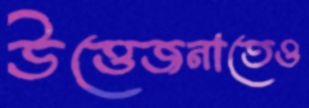
উত্তেজনাতেও